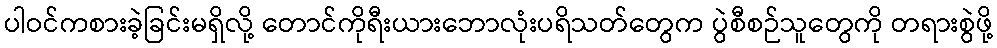
ပါဝင်ကစားခဲ့ခြင်းမရှိလို့ တောင်ကိုရီးယားဘောလုံးပရိသတ်တွေက ပွဲစီစဉ်သူတွေကို တရားစွဲဖို့